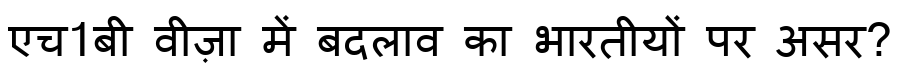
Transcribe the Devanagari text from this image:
एच1बी वीज़ा में बदलाव का भारतीयों पर असर?